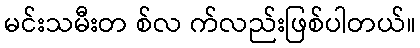
မင်းသမီးတ စ်လ က်လည်းဖြစ်ပါတယ်။